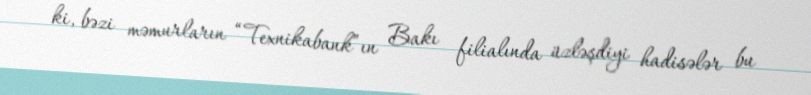
ki, bəzi məmurların “Texnikabank”ın Bakı filialında üzləşdiyi hadisələr bu